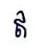
ឥ